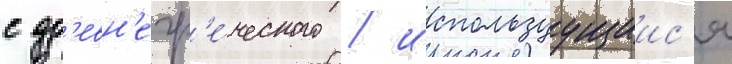
с др'евн'егр'е́ческого / используущиис'я